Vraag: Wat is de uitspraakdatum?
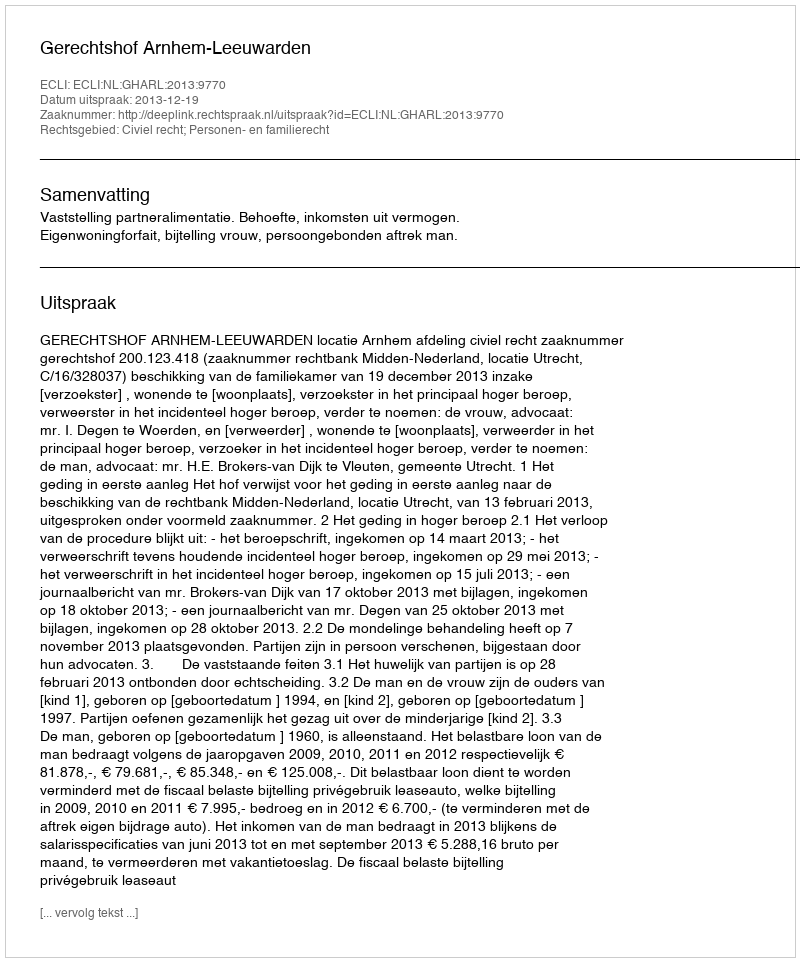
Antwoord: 2013-12-19